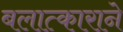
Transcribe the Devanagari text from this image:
बलात्काराने